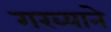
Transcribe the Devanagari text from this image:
गरब्याने